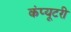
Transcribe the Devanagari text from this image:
कंप्यूटरी